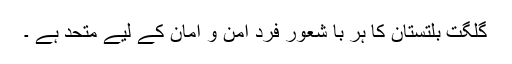
گلگت بلتستان کا ہر با شعور فرد امن و امان کے لیے متحد ہے ۔